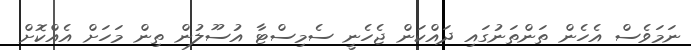
ނަމަވެސް އެހެން ތަންތަނުގައި ދައްކަން ޖެހެނީ ސެމިސްޓާ އުސޫލުން ތިން މަހަށް އެއްކޮށް